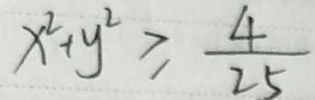
x ^ { 2 } + y ^ { 2 } \geq \frac { 4 } { 2 5 }